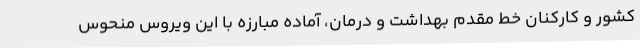
کشور و کارکنان خط مقدم بهداشت و درمان، آماده مبارزه با این ویروس منحوس